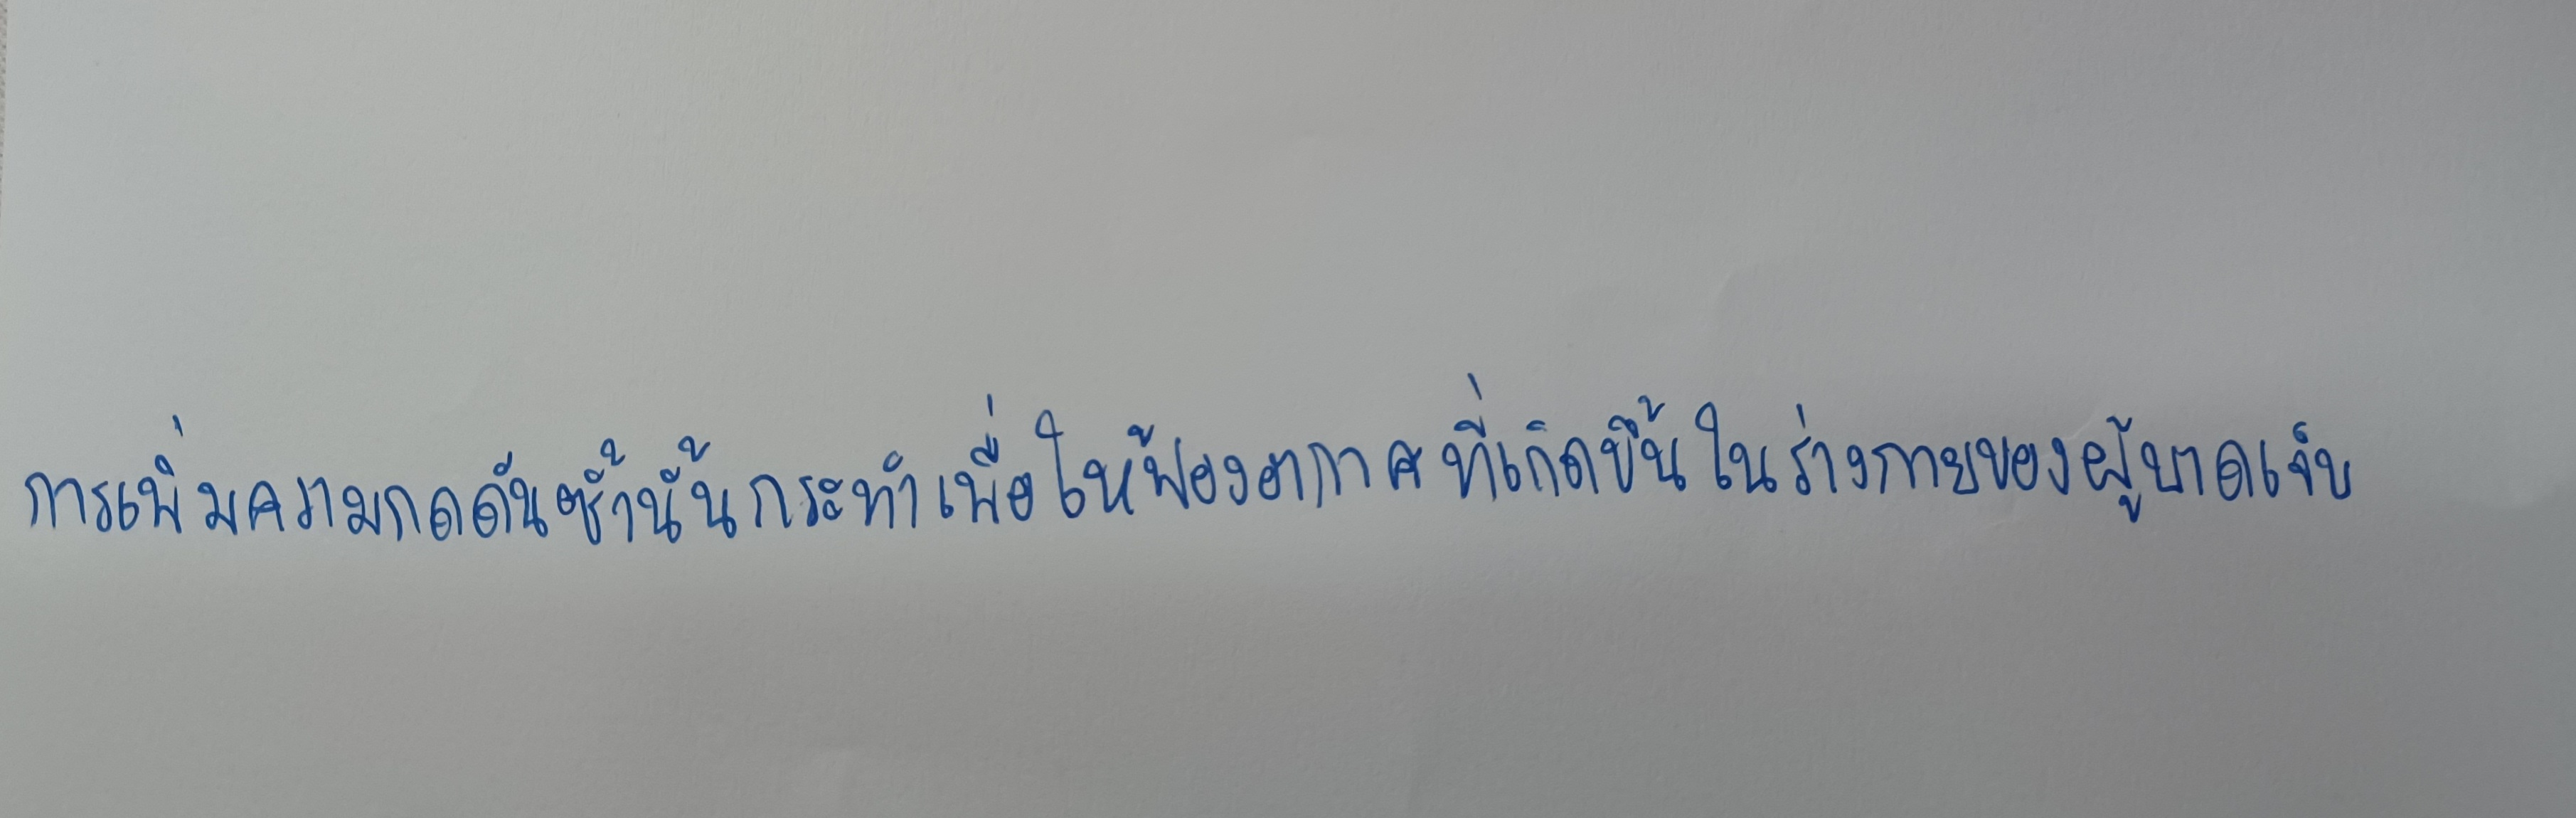
การเพิ่มความกดดันซ้ำนั้นกระทำเพื่อให้ฟองอากาศที่เกิดขึ้นในร่างกายของผู้บาดเจ็บ